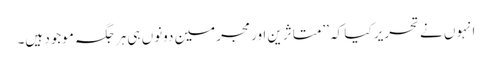
انہوں نے تحریر کیا کہ ’’متاثرین اور مجرمین دونوں ہی ہرجگہ موجود ہیں۔